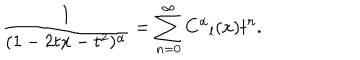
LaTeX: \frac { 1 } { ( 1 - 2 t x - t ^ { 2 } ) ^ { \alpha } } = \sum _ { n = 0 } ^ { \infty } C ^ { \alpha } { } _ { l } ( x ) t ^ { n } .